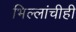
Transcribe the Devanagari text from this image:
भिल्लांचीही